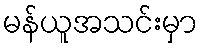
မန်ယူအသင်းမှာ